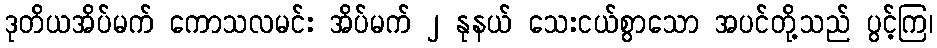
ဒုတိယအိပ်မက် ကောသလမင်း အိပ်မက် ၂ နုနယ် သေးငယ်စွာသော အပင်တို့သည် ပွင့်ကြ၊